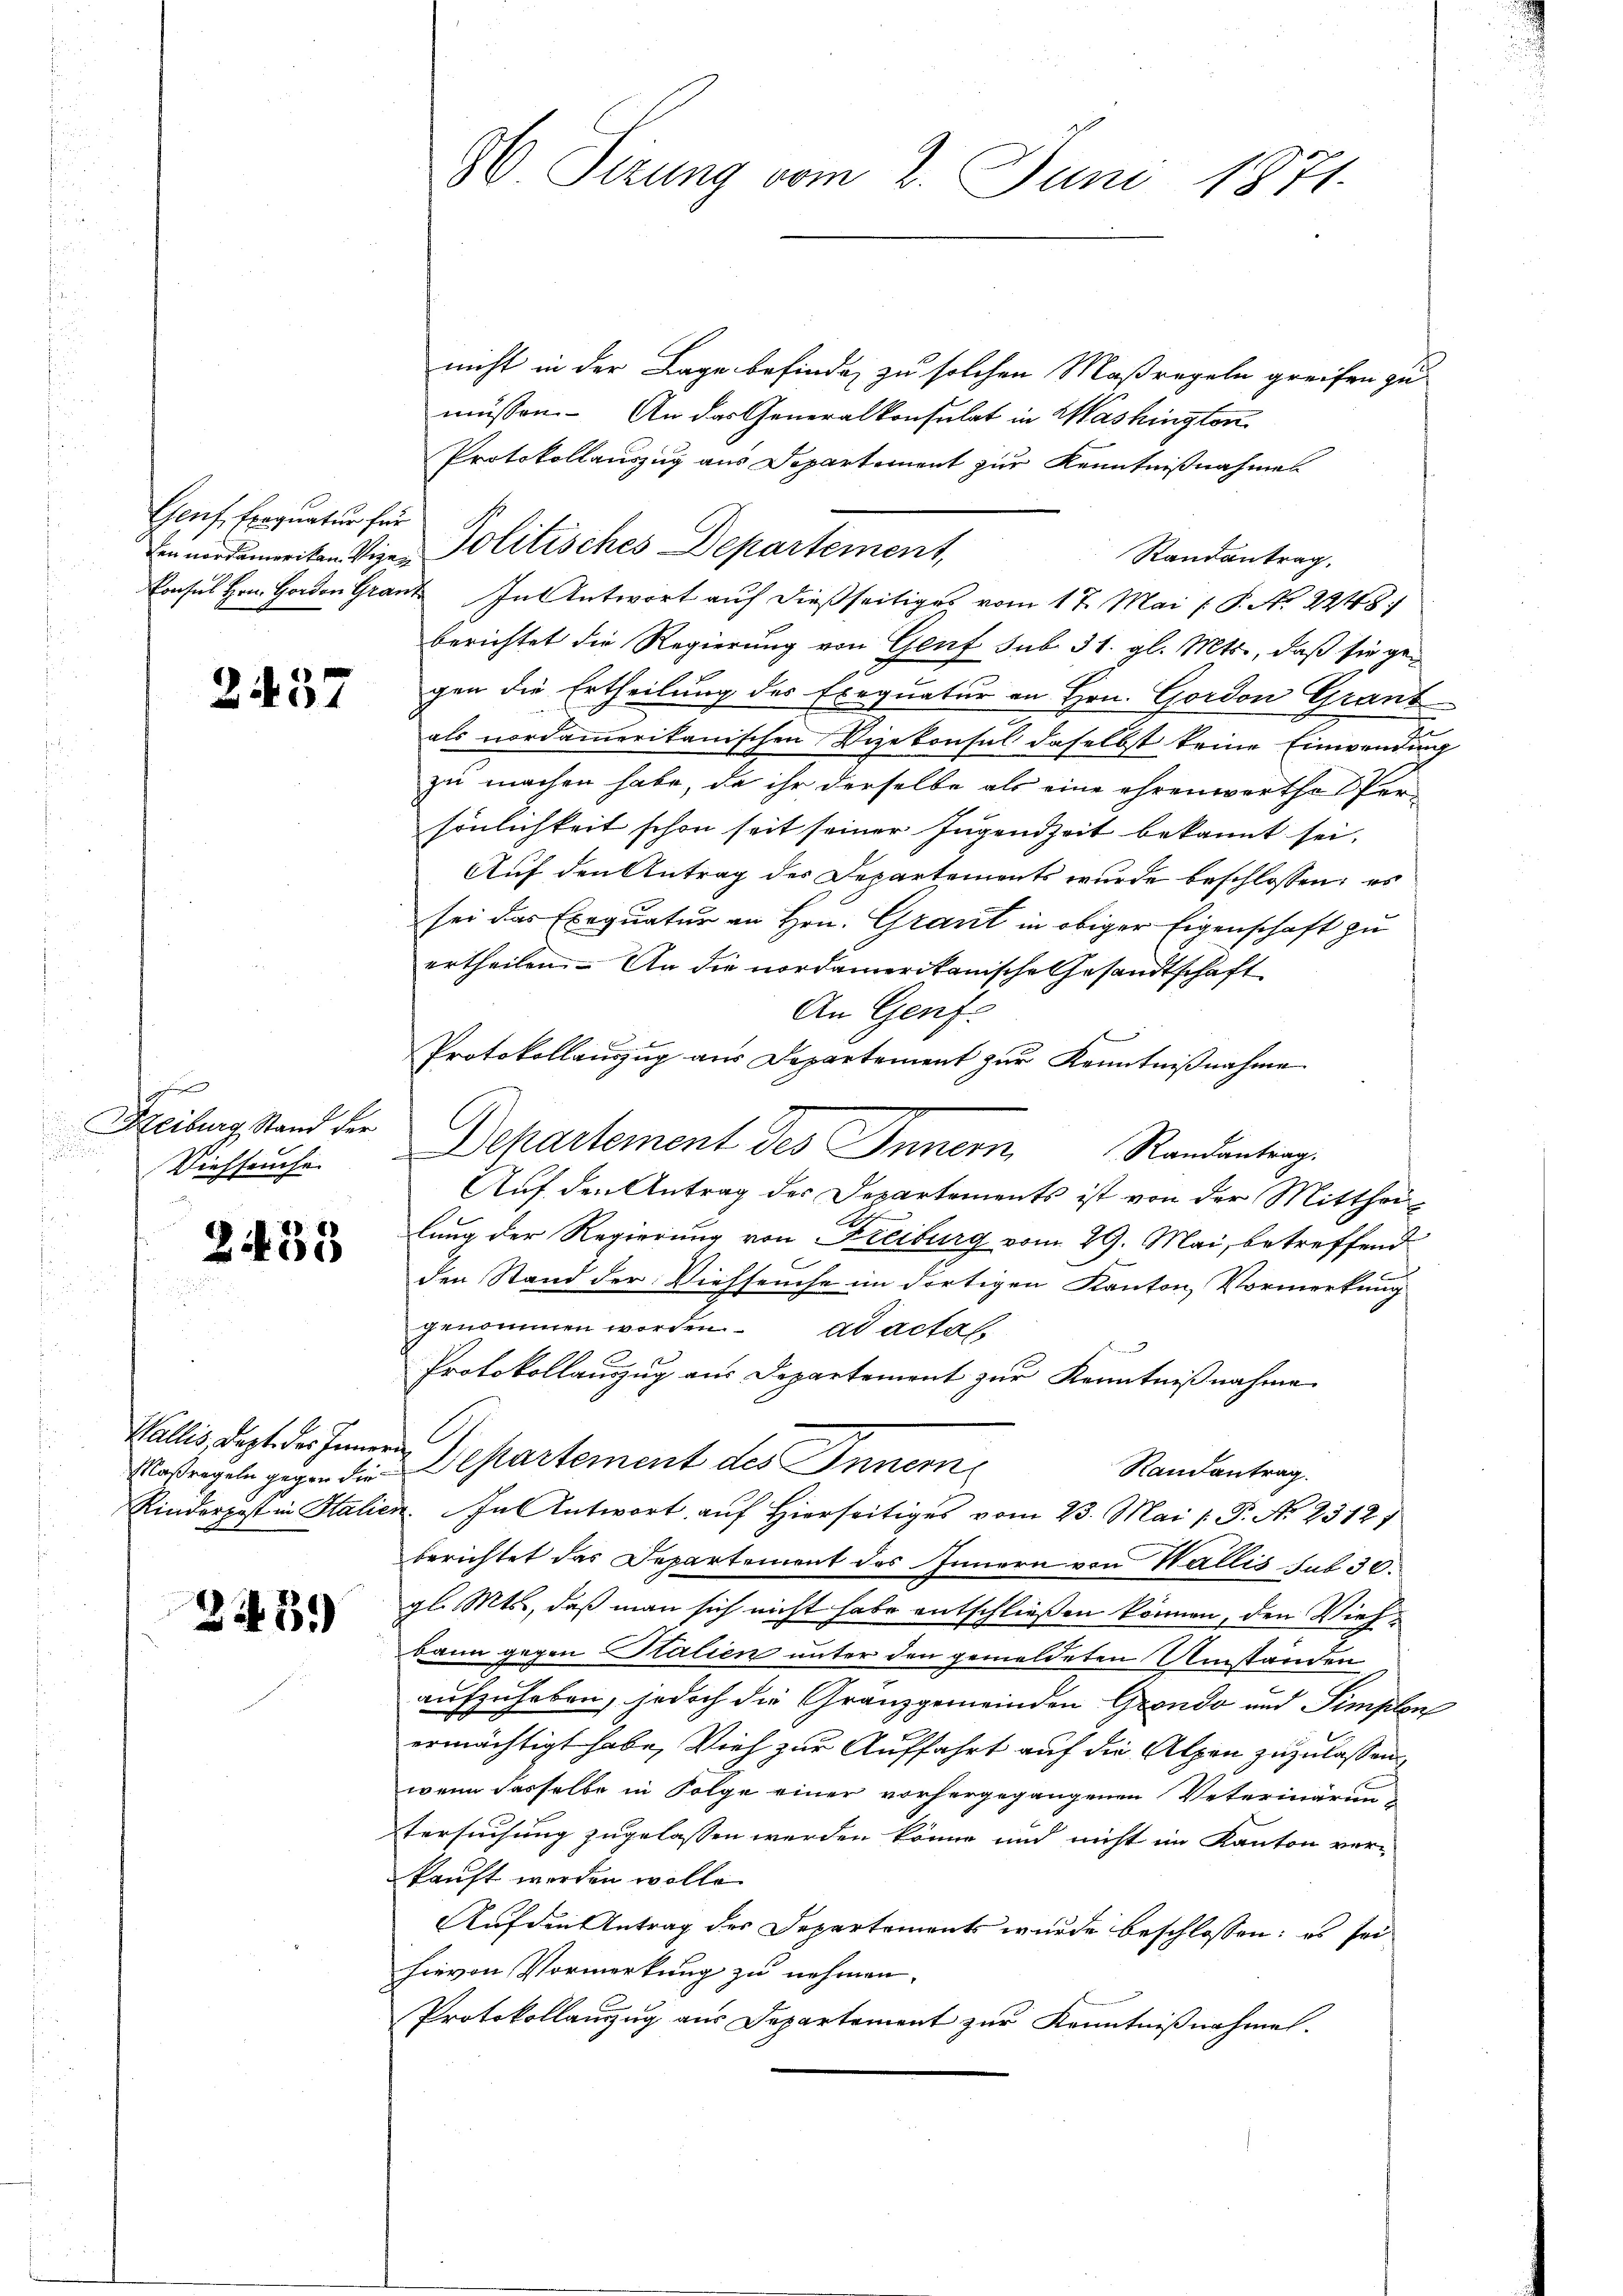
Genf, Exequatur für

.

57

Fünften
Reiburg Stand der

Viehseuche

2433

Wallis, dept des Innern

243)

nicht in der Lage befinde, zu solchen Maßregeln greifen zu
müssen. An das Generalkonsulat in Washington
Protokollauszug aus Departement zur Kenntnißnahmen
Randantrag.
Konsul Hrn. Harden Granz. In Antwort auf dießseitiges vom 17. Mai (P. No. 2248:
berichtet die Regierung von Genf sub. 31. gl. Mts., daß sie gegen die Ertheilung des Exequatur an Hrn. Gordon Grant
als nordamerikanischen Vizekonsul daselbst keine Einwendung
zu machen habe, da ihr derselbe als eine ehrenwartha Per-
sönlichkeit schon seit seiner Jugendzeit bekannt sei.
Auf den Antrag des Departements wurde beschlossen: es
sei das Exequatur an Hrn. Grant in obiger Eigenschaft zu
ertheilen. An die nordamerikanische Gesandtschaft
An Genf.
Protokollaŭszŭg aŭs Departement zŭr Kenntniβnahme
Departement des Innern Randantrag
Auf den Antrag der Departements ist von der Mittheilung der Regierung von Freiburg vom 29. Mai, betreffend
den Stand der Viehseuche im dortigen Kanton Vormerkung
genommen worden. ad actaf.
Protokollauszug aus Departement zur Kenntnißnahme
Maßregeln gegen die Departement des Innern
Randantrag.
Rinderpost in Italien. In Antwort aŭf hierseitiges vom 23. Mai v. P. Nr. 2312)
berichtet das Departement des Innern von Wallis sub 30.
gl. Mts., daß man sich nicht habe entschließen können, den Viehbann gegen Salien unter den gemeldeten Umständen
aufzuheben, jedoch die Granzgemeinden Grondo und Simplen
ermächtigt habe, Vieh zur Auffahrt auf die Alpen zuzulassen
wenn dasselbe in Folge einer vorhergegangenen Veterinäruntersuchung zugelassen werden könne und nicht im Kanton ver-
kauft worden wolle.
Auf den Antrag des Departements wurde beschlossen: es sei
hievon Vormerkung zu nehmen.
Protokollanzug aus Departement zur Kenntnißnahmen.

80 Sizung vom 2. Juni 1871.

Ein nordanweiten Vizen Politisches Departement,